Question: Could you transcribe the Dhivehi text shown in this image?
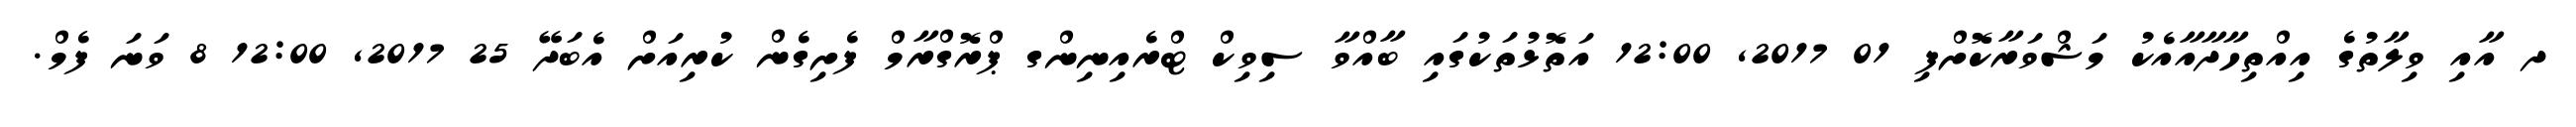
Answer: ދ އާއި ވިލާތުގެ އިއްތިހާދާއާއެކު މަޝްވަރާކޮށްފި 01 2017, 12:00 އަތޮޅުތަކުގައި ބާއްވާ ސިވިކް ޓްރެއިނިންގ ޕްރޮގްރާމް ފެށިގެން ކުރިއަށް އެބަދޭ 25 2017, 12:00 8 ވަނަ ފެމް.